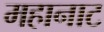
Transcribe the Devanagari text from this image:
महानाट